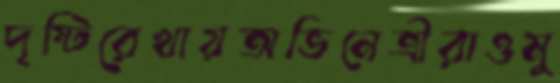
দৃষ্টিরেখায়অভিনেত্রীরাওমু